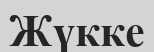
Жүкке